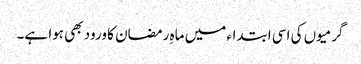
گرمیوں کی اسی ابتداء میں ماہِ رمضان کا ورود بھی ہوا ہے۔